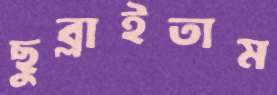
ছুব্‌লাইতাম